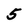
Character: 5